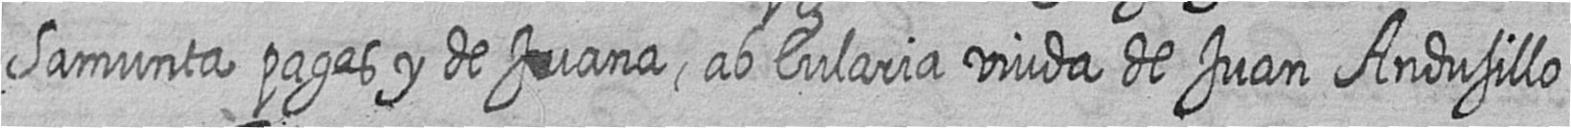
Samunta pages y de Juana ab Eularia viuda de Juan Andusillo